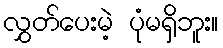
လွှတ်ပေးမဲ့ ပုံမရှိဘူး။